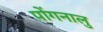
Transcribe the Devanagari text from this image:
पोंगनालु